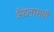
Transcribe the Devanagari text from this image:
ॲटलासची